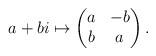
LaTeX: \begin{align*} a+bi \mapsto \begin{pmatrix} a & - b \\ b & a \end{pmatrix}.\end{align*}